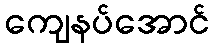
ကျေနပ်အောင်